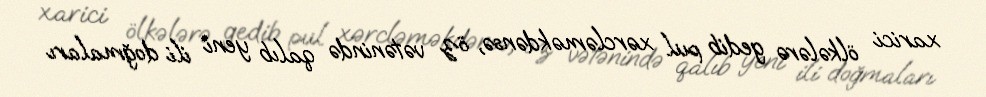
xarici ölkələrə gedib pul xərcləməkdənsə, öz vətənində qalıb yeni ili doğmaları